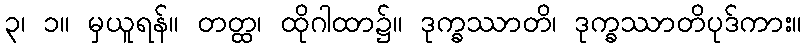
၃၊ ၁။ မှယူရန်။ တတ္ထ၊ ထိုဂါထာ၌။ ဒုက္ခဿာတိ၊ ဒုက္ခဿာတိပုဒ်ကား။